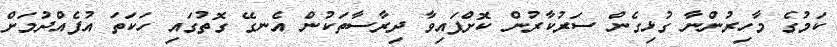
ކަމުގެ މާހިރުންނާ ގުޅިގެން ސަރުކާރުން ކޮށްފައިވާ ދިރާސާތަކުން އެނގޭ ގޮތުގައި ހަކަތަ އުފެއްދުމަށް